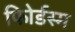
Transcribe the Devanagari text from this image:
फोिर्डस्म